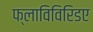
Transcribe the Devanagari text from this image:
फ्लाविविरिडए